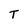
Character: T